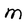
Character: m